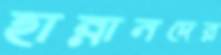
হান্নানদের